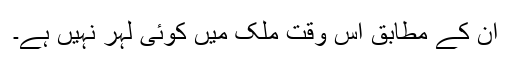
ان کے مطابق اس وقت ملک میں کوئی لہر نہیں ہے۔